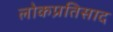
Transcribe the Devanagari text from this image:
लोकप्रतिसाद